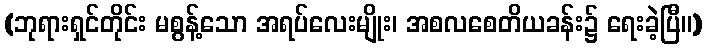
(ဘုရားရှင်တိုင်း မစွန့်သော အရပ်လေးမျိုး၊ အစလစေတိယခန်း၌ ရေးခဲ့ပြီ။)